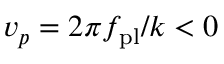
v _ { p } = 2 \pi f _ { \mathrm { p l } } / k < 0